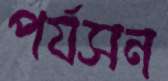
পর্যসন